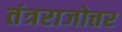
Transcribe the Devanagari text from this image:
तंत्रराजोत्तर